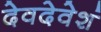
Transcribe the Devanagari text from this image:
देवदेवेशं